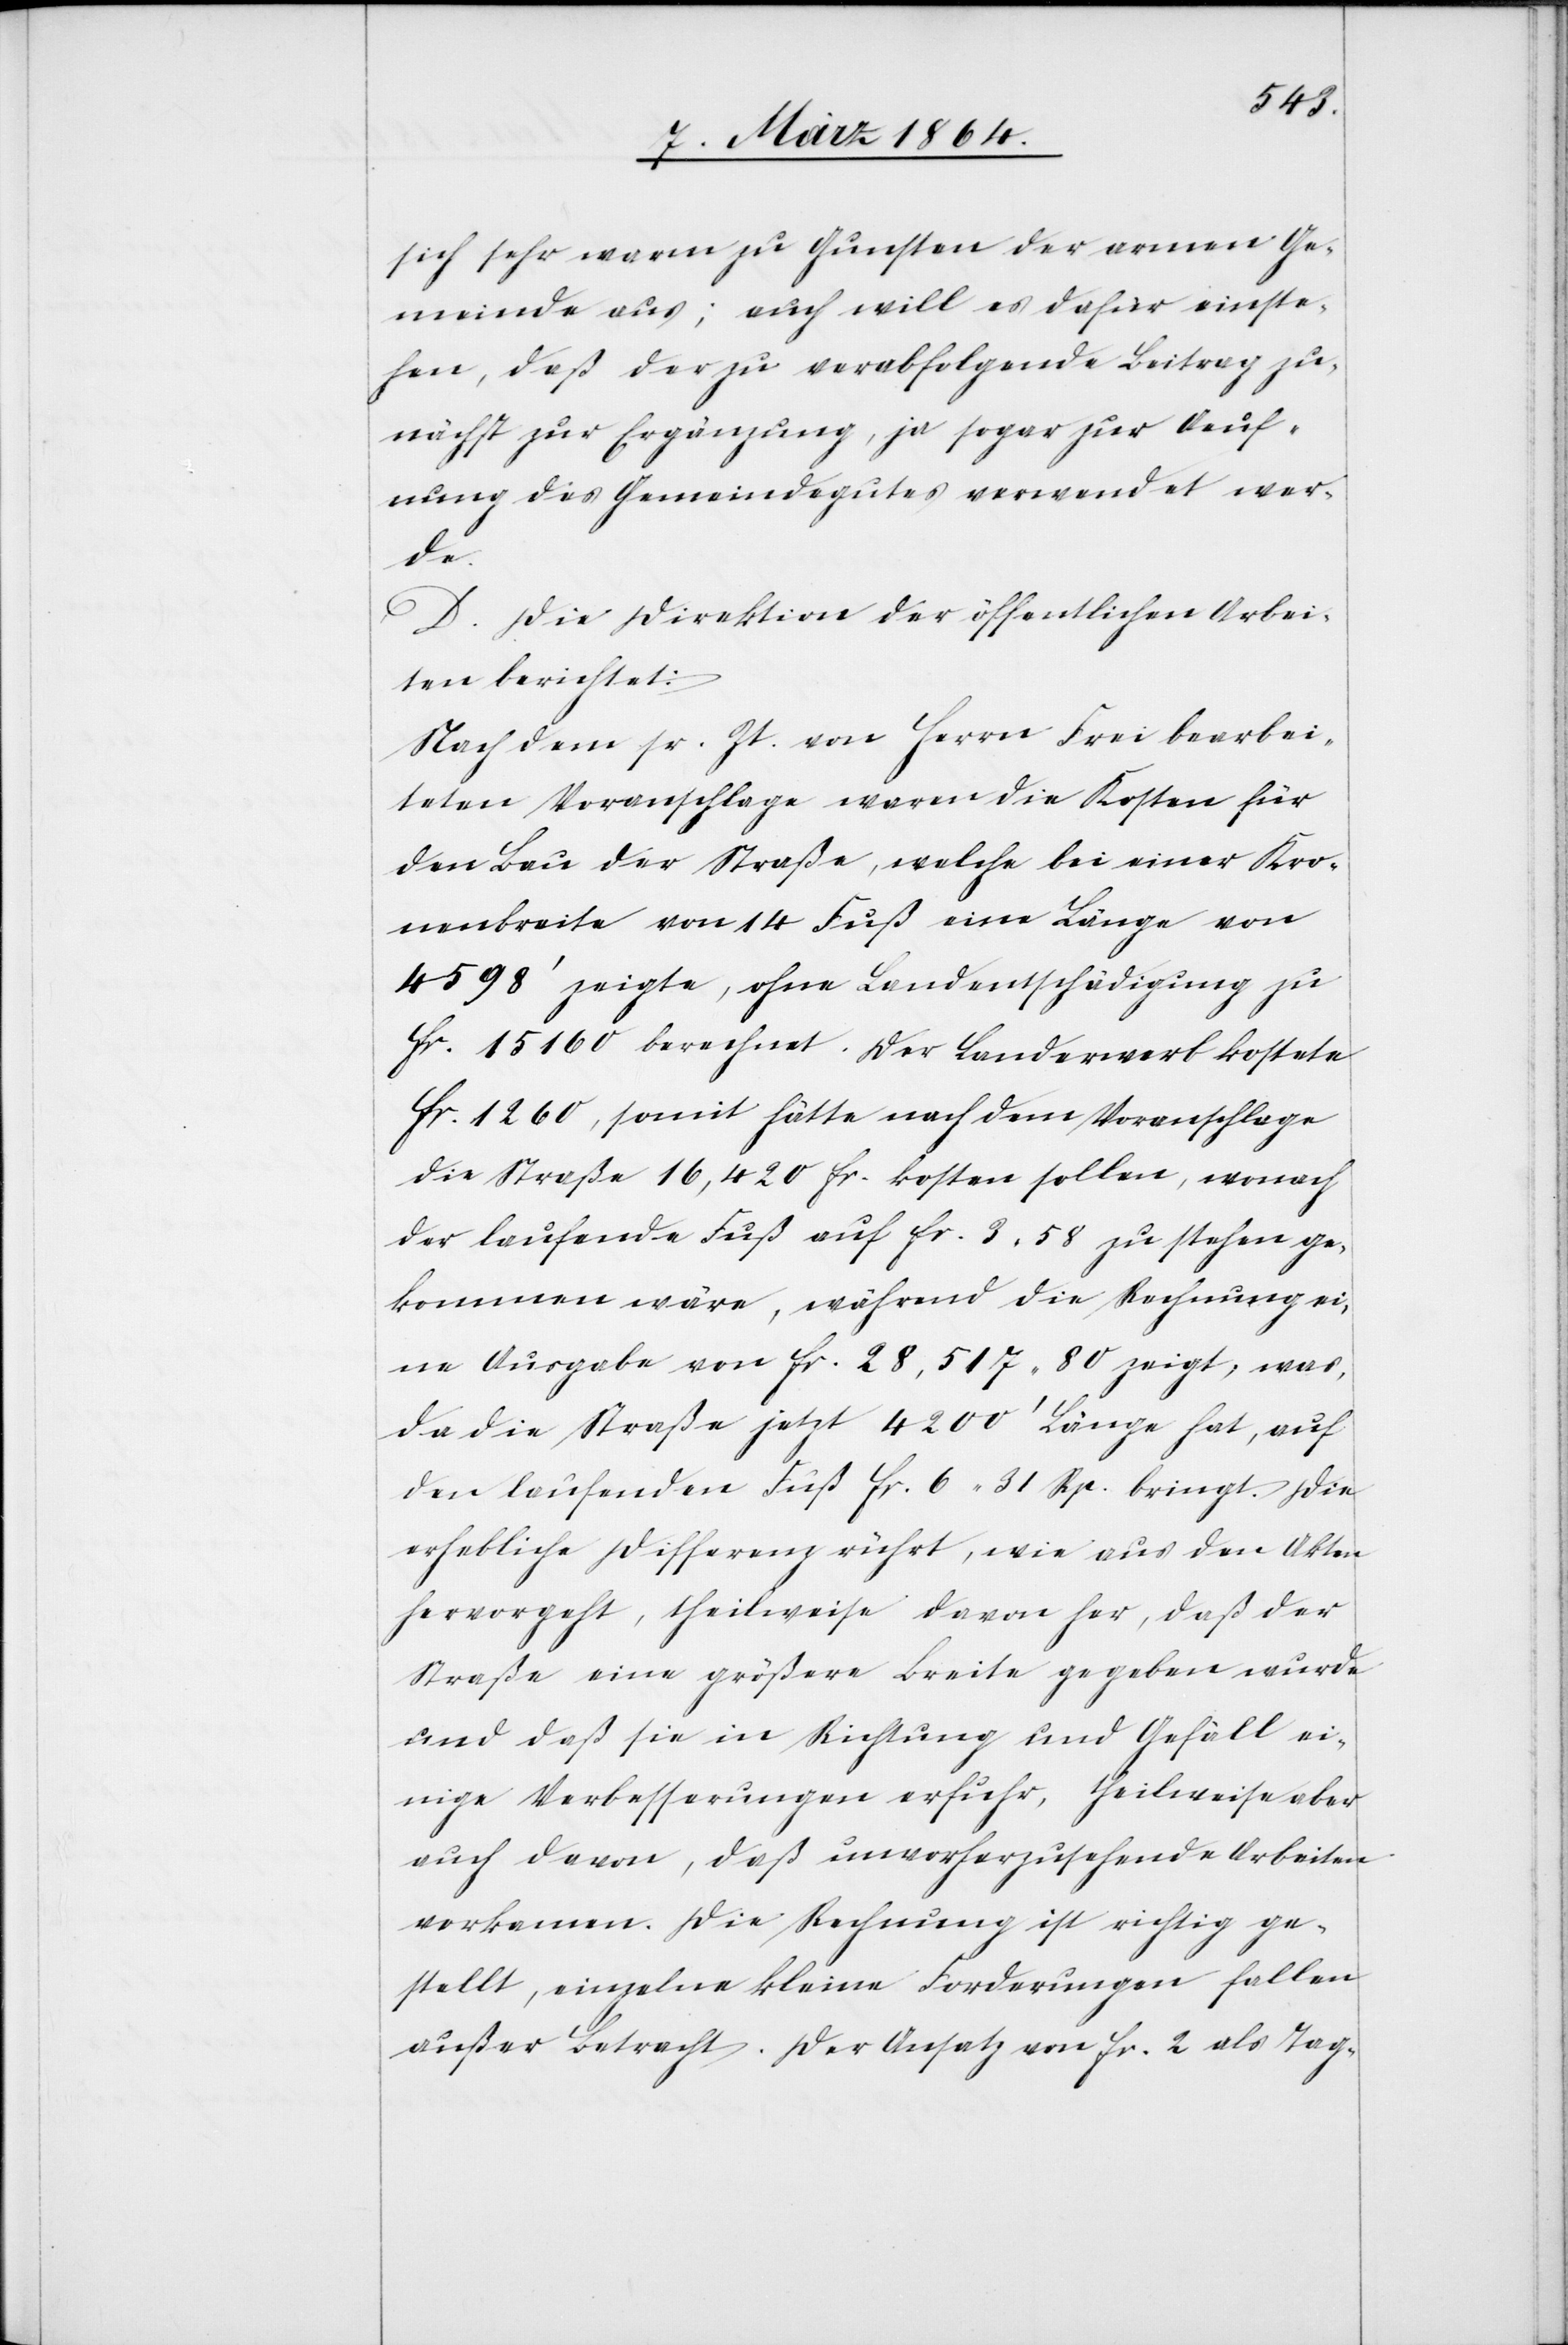
sich sehr warm zu Gunsten der armen Ge¬
meinde aus; auch will es dafür einste¬
hen, daß der zu verabfolgende Beitrag zu¬
nächst zur Ergänzung, ja sogar zur Aeuf¬
nung des Gemeindegutes verwendet wer¬
de.
D. Die Direktion der öffentlichen Arbei¬
ten berichtet:
Nach dem sr. Zt. von Herrn Frei bearbei¬
teten Voranschlage waren die Kosten für
den Bau der Straße, welche bei einer Kro¬
nenbreite von 14 Fuß eine Länge von
4598’ zeigte, ohne Landentschädigung zu
fr. 15160 berechnet. Der Landerwerb kostete
fr. 1260, somit hätte nach dem Voranschlage
die Straße 16,420 fr. kosten sollen, wonach
der laufende Fuß auf fr. 3,58 zu stehen ge¬
kommen wäre, während die Rechnung ei¬
ne Ausgabe von fr. 28,517 80 zeigt, was,
da die Straße jetzt 4200’ Länge hat, auf
den laufenden Fuß fr. 6 31 Rp. bringt. Die
erhebliche Differenz rührt, wie aus den Akten
hervorgeht, theilweise davon her, daß der
Straße eine größere Breite gegeben wurde
und daß sie in Richtung und Gefäll ei¬
nige Verbesserungen erfuhr, theilweise aber
auch davon, daß unvorherzusehende Arbeiten
vorkamen. Die Rechnung ist richtig ge¬
stellt, einzelne kleine Forderungen fallen
außer Betracht. Der Ansatz von fr. 2 als Tag-